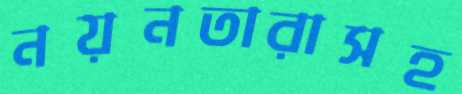
নয়নতারাসহ